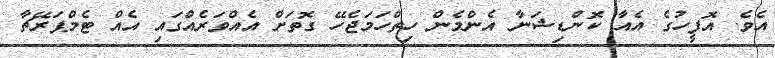
އެވެ. އޮފީހުގެ އެއާ ކޮންޑިޝަނާ އެންމެން ހިތްހަމަޖެހޭ ގޮތަށް އެއްވަރެއްގައި އެއް ޓެމްޕަރޭޗާ